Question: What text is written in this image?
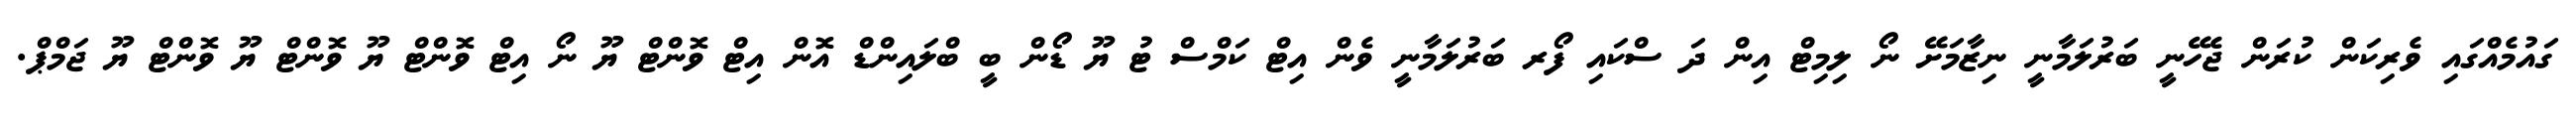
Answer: ގައުމެއްގައި ވެރިކަން ކުރަން ޖެހޭނީ ބަރުލަމާނީ ނިޒާމަށޭ ނޯ ލިމިޓް އިން ދަ ސްކައި ފޯރ ބަރުލަމާނީ ވެން އިޓް ކަމްސް ޓު ޔޫ ޑޯން ބީ ބްލައިންޑް އޮން އިޓް ވޮންޓް ޔޫ ނޯ އިޓް ވޮންޓް ޔޫ ވޮންޓް ޔޫ ވޮންޓް ޔޫ ޖަމްޕް.